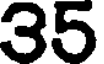
35